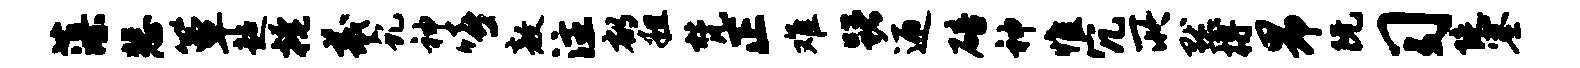
藻悲簟超掩羲虬神嘻敖注郁粗梵正难躇迎碚神惟冗所默搏昂阮习陡塞